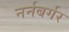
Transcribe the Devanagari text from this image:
नर्नबर्गर